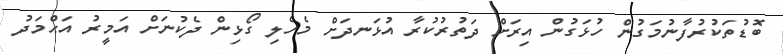
ބޮޑުތަކުރުފާނުމަގުން ހުޅަގުން އިރަށް ދަތުރުކުރާ އުޅަނދަށް މެހެލި ގޯޅިން ދެކުނަށް އަމީރު އަޙްމަދު